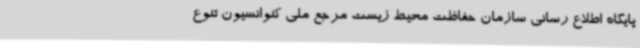
پایگاه اطلاع رسانی سازمان حفاظت محیط زیست مرجع ملی کنوانسیون تنوع